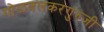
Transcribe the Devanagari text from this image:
गोळवलकरगुरुजी